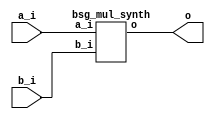
// This program was cloned from: https://github.com/chipsalliance/UHDM-integration-tests
// License: Apache License 2.0



module top
(
  a_i,
  b_i,
  o
);

  input [15:0] a_i;
  input [15:0] b_i;
  output [31:0] o;

  bsg_mul_synth
  wrapper
  (
    .a_i(a_i),
    .b_i(b_i),
    .o(o)
  );


endmodule



module bsg_mul_synth
(
  a_i,
  b_i,
  o
);

  input [15:0] a_i;
  input [15:0] b_i;
  output [31:0] o;
  wire [31:0] o;
  assign o = a_i * b_i;

endmodule